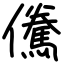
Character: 儯